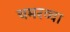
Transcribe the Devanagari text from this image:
चमरव्‍वा